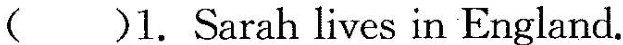
( )1.Sarah lives in England.